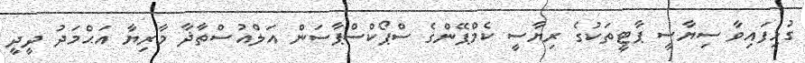
ގުޅިފައިވާ ސިޔާސީ ޕާޓީތަކުގެ ރިޔާސީ ކެމްޕޭންގެ ސްޕޯކްސްޕާސަން އަލްއުސްތާޛާ މާރިޔާ އަޙްމަދު ދީދީ